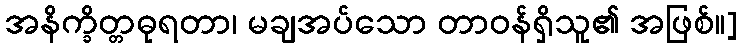
အနိက္ခိတ္တဓုရတာ၊ မချအပ်သော တာဝန်ရှိသူ၏ အဖြစ်။]